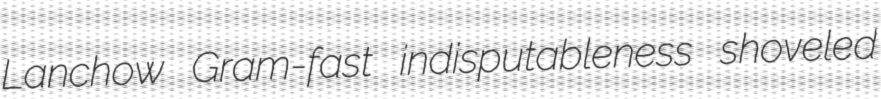
Lanchow Gram-fast indisputableness shoveled